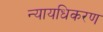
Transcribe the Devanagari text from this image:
न्‍यायधिकरण